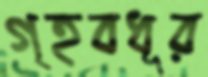
গৃহবধূর